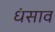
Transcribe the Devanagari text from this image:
धंसाव